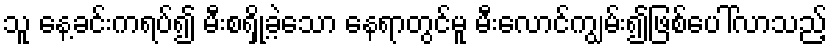
သူ နေ့ခင်းကရပ်၍ မီးစရှို့ခဲ့သော နေရာတွင်မူ မီးလောင်ကျွမ်း၍ဖြစ်ပေါ်လာသည့်